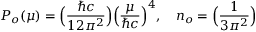
P _ { o } ( \mu ) = \Big ( { \frac { \hbar c } { 1 2 \pi ^ { 2 } } } \Big ) \Big ( { \frac { \mu } { \hbar c } } \Big ) ^ { 4 } , \ \ \ n _ { o } = \Big ( { \frac { 1 } { 3 \pi ^ { 2 } } } \Big )